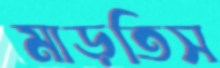
মাড়তিস